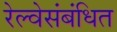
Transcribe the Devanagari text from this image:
रेल्वेसंबंधित